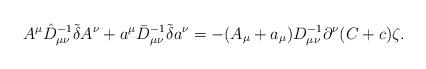
LaTeX: \begin{align*}A^\mu \hat{D}^{-1}_{\mu\nu} \tilde{\delta} A^\nu +a^\mu \bar{D}^{-1}_{\mu\nu} \tilde{\delta} a^\nu =-(A_\mu+a_\mu) D^{-1}_{\mu\nu}\partial^\nu (C+c)\zeta.\end{align*}